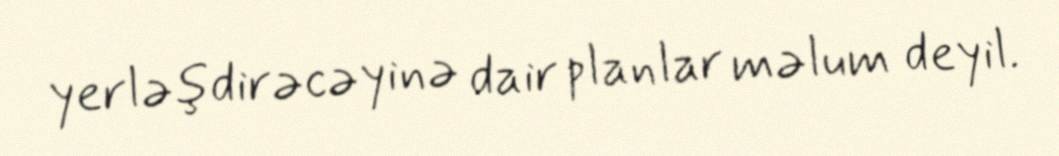
yerləşdirəcəyinə dair planlar məlum deyil.